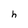
Character: h